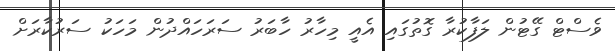
ވެސްޓް ގޭޓުން ލަފާކުރާ ގޮތުގައި އެއީ މިހާރު ހާބަރު ސަރަހައްދުން މަހަކު ސަރުކާރަށް